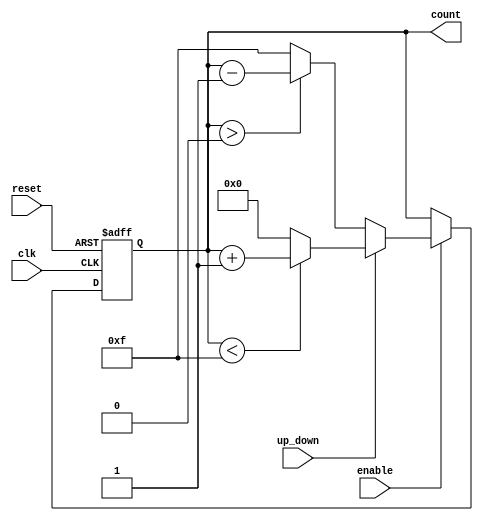
module async_reset_sync_counter (
    input wire clk,            // Clock signal
    input wire reset,          // Asynchronous reset signal
    input wire enable,         // Count enable signal
    input wire up_down,        // Count direction: 1 for up, 0 for down
    output reg [3:0] count     // 4-bit counter output
);

    // Initial value for the counter
    initial begin
        count = 4'b0000;       // Set initial count value to 0
    end

    // Asynchronous reset and synchronous counting logic
    always @(posedge clk or posedge reset) begin
        if (reset) begin
            count <= 4'b0000;   // Reset the counter to 0
        end else if (enable) begin
            if (up_down) begin
                // Increment the counter
                if (count < 4'b1111) begin
                    count <= count + 1; // Increment count
                end else begin
                    count <= 4'b0000;   // Wrap around to 0
                end
            end else begin
                // Decrement the counter
                if (count > 4'b0000) begin
                    count <= count - 1; // Decrement count
                end else begin
                    count <= 4'b1111;   // Wrap around to max value
                end
            end
        end
    end

endmodule